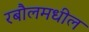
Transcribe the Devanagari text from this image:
रबौलमधील